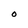
Character: O